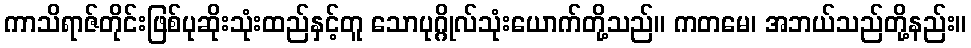
ကာသိရာဇ်တိုင်းဖြစ်ပုဆိုးသုံးထည်နှင့်တူ သောပုဂ္ဂိုလ်သုံးယောက်တို့သည်။ ကတမေ၊ အဘယ်သည်တို့နည်း။